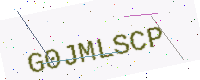
Text: G0JMLSCP